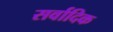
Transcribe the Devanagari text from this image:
सर्वादिक